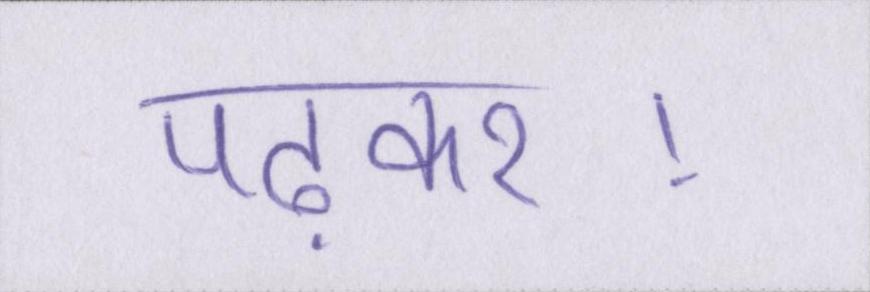
पढ़कर।